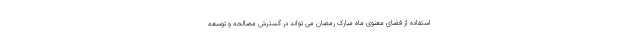
استفاده از فضای معنوی ماه مبارک رمضان می تواند در گسترش مصالحه و توسعه